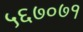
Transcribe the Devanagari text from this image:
५६७०७१